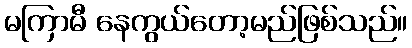
မကြာမီ နေကွယ်တော့မည်ဖြစ်သည်။